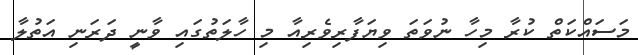
މަސައްކަތް ކުރާ މިހާ ނުވަތަ ވިޔަފާރިވެރިއާ މި ހާލަތުގައި ވާނީ ދަރަނި އަތުލާ